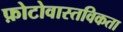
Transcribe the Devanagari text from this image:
फ़ोटोवास्तविकता